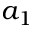
a _ { 1 }